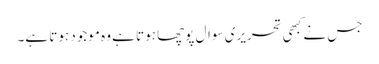
جس نے کبھی تحریری سوال پوچھا ہوتا ہے وہ موجود ہوتا ہے۔